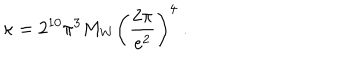
LaTeX: \kappa = 2 ^ { 1 0 } \pi ^ { 3 } M _ { W } \left( \frac { 2 \pi } { e ^ { 2 } } \right) ^ { 4 } \ .